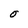
Character: O